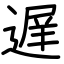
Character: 遅